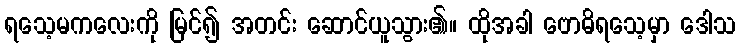
ရသေ့မကလေးကို မြင်၍ အတင်း ဆောင်ယူသွား၏။ ထိုအခါ ဗောဓိရသေ့မှာ ဒေါသ